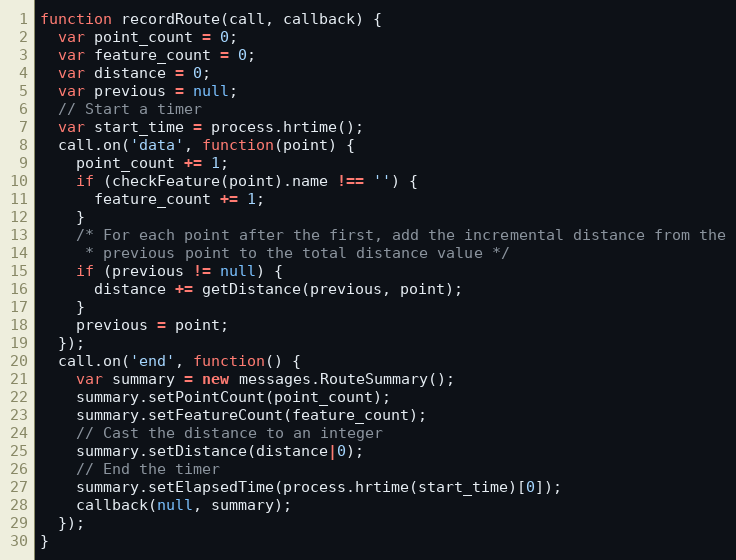
Language: JavaScript
function recordRoute(call, callback) {
  var point_count = 0;
  var feature_count = 0;
  var distance = 0;
  var previous = null;
  // Start a timer
  var start_time = process.hrtime();
  call.on('data', function(point) {
    point_count += 1;
    if (checkFeature(point).name !== '') {
      feature_count += 1;
    }
    /* For each point after the first, add the incremental distance from the
     * previous point to the total distance value */
    if (previous != null) {
      distance += getDistance(previous, point);
    }
    previous = point;
  });
  call.on('end', function() {
    var summary = new messages.RouteSummary();
    summary.setPointCount(point_count);
    summary.setFeatureCount(feature_count);
    // Cast the distance to an integer
    summary.setDistance(distance|0);
    // End the timer
    summary.setElapsedTime(process.hrtime(start_time)[0]);
    callback(null, summary);
  });
}